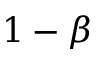
1 - \beta